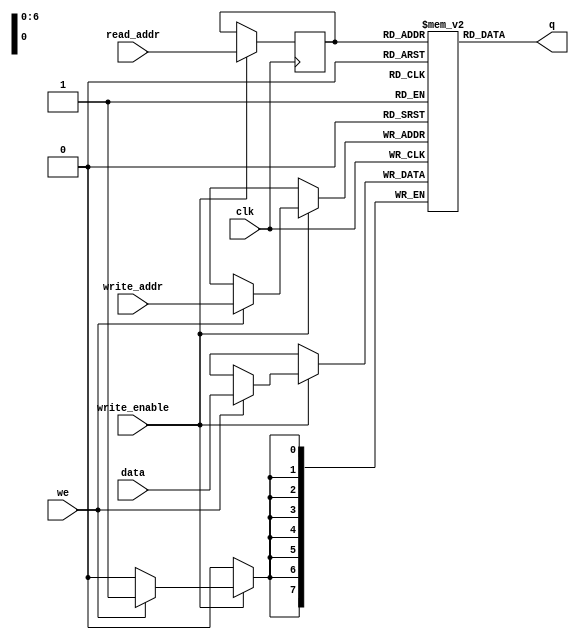
module w_value_ram(data,write_addr,read_addr,we,clk,q,write_enable
);

parameter DATA_WIDTH=8;
parameter ADDR_WIDTH=7;
input[(DATA_WIDTH-1):0] data;
input[(ADDR_WIDTH-1):0] write_addr;
input[(ADDR_WIDTH-1):0] read_addr;
input we,clk;
output[(DATA_WIDTH-1):0] q;
input write_enable;	


// this module creates a RAM of size (4*4)*128,with initially all zeros
reg[DATA_WIDTH-1:0] mem[2**ADDR_WIDTH-1:0];
reg[ADDR_WIDTH-1:0] addr_reg;

integer i;

initial begin
	for (i=0;i<2**ADDR_WIDTH;i=i+1) begin
		mem[i]<=8'b0;
	end
	addr_reg<=7'b0;
end


always@(posedge clk)begin
	if(write_enable==1'b1) begin
		if(we) begin
			mem[write_addr] <=data;
		end
		addr_reg<=read_addr;
	end
end
assign q = mem[addr_reg]; //q does not get d in this clock cycle if we is high


endmodule